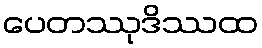
ပေတဿုဒိဿထ